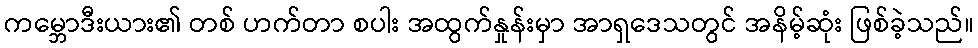
ကမ္ဘောဒီးယား၏ တစ် ဟက်တာ စပါး အထွက်နှုန်းမှာ အာရှဒေသတွင် အနိမ့်ဆုံး ဖြစ်ခဲ့သည်။